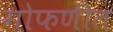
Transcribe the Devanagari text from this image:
गोफणीत